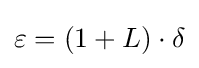
\varepsilon =(1+L)\cdot \delta